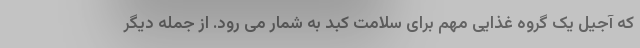
که آجیل یک گروه غذایی مهم برای سلامت کبد به شمار می رود. از جمله دیگر